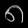
Digit: ၈